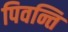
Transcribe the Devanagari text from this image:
पिवन्ति